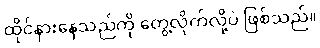
ထိုင်နားနေသည်ကို တွေ့လိုက်လို့ပဲ ဖြစ်သည်။